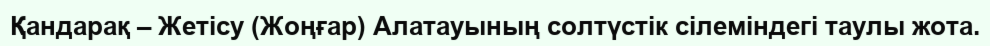
Қандарақ – Жетісу (Жоңғар) Алатауының солтүстік сілеміндегі таулы жота.